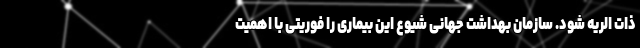
ذات الریه شود. سازمان بهداشت جهانی شیوع این بیماری را فوریتی با اهمیت